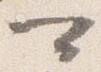
可